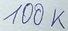
Text: 100K